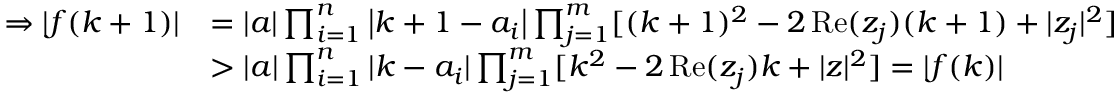
\begin{array} { r l } { \Rightarrow | f ( k + 1 ) | } & { = | a | \prod _ { i = 1 } ^ { n } \left| k + 1 - a _ { i } \right| \prod _ { j = 1 } ^ { m } [ ( k + 1 ) ^ { 2 } - 2 \operatorname { R e } ( z _ { j } ) ( k + 1 ) + | z _ { j } | ^ { 2 } ] } \\ & { > | a | \prod _ { i = 1 } ^ { n } | k - a _ { i } | \prod _ { j = 1 } ^ { m } [ k ^ { 2 } - 2 \operatorname { R e } ( z _ { j } ) k + | z | ^ { 2 } ] = | f ( k ) | } \end{array}